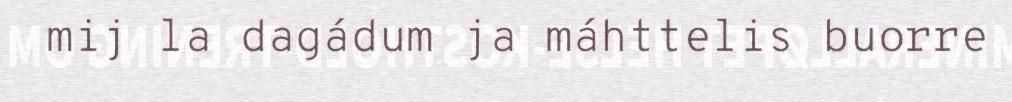
mij la dagádum ja máhttelis buorre